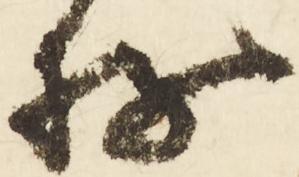
存